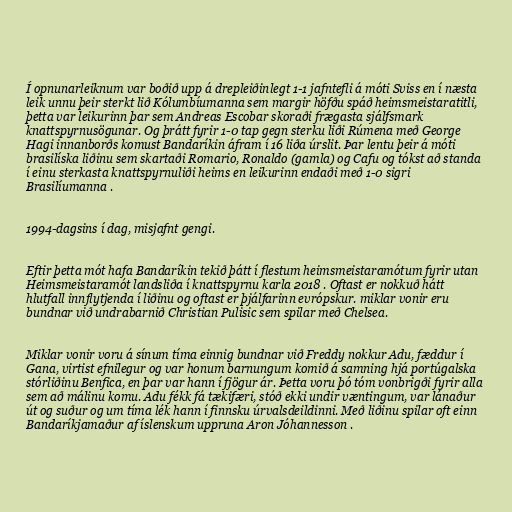
Í opnunarleiknum var boðið upp á drepleiðinlegt 1-1 jafntefli á móti Sviss en í næsta
leik unnu þeir sterkt lið Kólumbíumanna sem margir höfðu spáð heimsmeistaratitli,
þetta var leikurinn þar sem Andreas Escobar skoraði frægasta sjálfsmark
knattspyrnusögunar. Og þrátt fyrir 1-0 tap gegn sterku liði Rúmena með George
Hagi innanborðs komust Bandaríkin áfram í 16 liða úrslit. Þar lentu þeir á móti
brasilíska liðinu sem skartaði Romario, Ronaldo (gamla) og Cafu og tókst að standa
í einu sterkasta knattspyrnuliði heims en leikurinn endaði með 1-0 sigri
Brasilíumanna .

1994-dagsins í dag, misjafnt gengi.

Eftir þetta mót hafa Bandaríkin tekið þátt í flestum heimsmeistaramótum fyrir utan
Heimsmeistaramót landsliða í knattspyrnu karla 2018 . Oftast er nokkuð hátt
hlutfall innflytjenda í liðinu og oftast er þjálfarinn evrópskur. miklar vonir eru
bundnar við undrabarnið Christian Pulisic sem spilar með Chelsea.

Miklar vonir voru á sínum tíma einnig bundnar við Freddy nokkur Adu, fæddur í
Gana, virtist efnilegur og var honum barnungum komið á samning hjá portúgalska
stórliðinu Benfica, en þar var hann í fjögur ár. Þetta voru þó tóm vonbrigði fyrir alla
sem að málinu komu. Adu fékk fá tækifæri, stóð ekki undir væntingum, var lánaður
út og suður og um tíma lék hann í finnsku úrvalsdeildinni. Með liðinu spilar oft einn
Bandaríkjamaður af íslenskum uppruna Aron Jóhannesson .